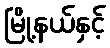
မြို့နယ်နှင့်